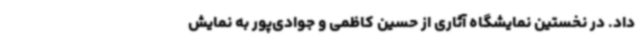
داد. در نخستین نمایشگاه آثاری از حسین کاظمی و جوادی‌پور به نمایش